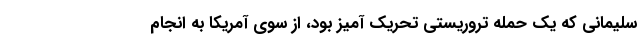
سلیمانی که یک حمله تروریستی تحریک آمیز بود، از سوی آمریکا به انجام